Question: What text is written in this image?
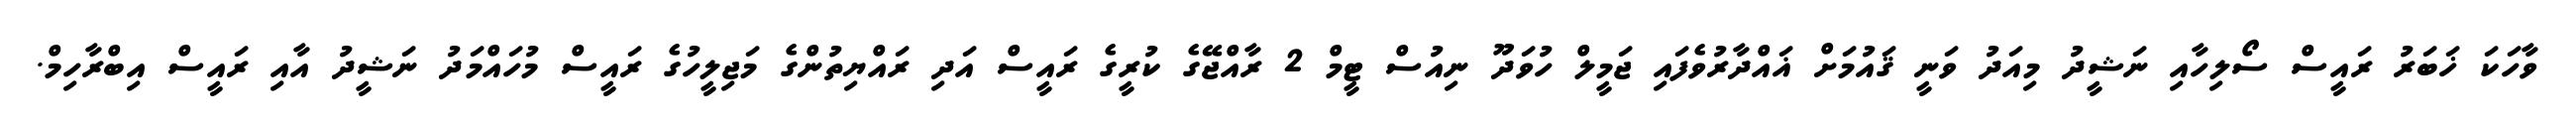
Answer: ވާހަކަ ޚަބަރު ރައީސް ސޯލިހާއި ނަޝީދު މިއަދު ވަނީ ޤައުމަށް ޣައްދާރުވެފައި ޖަމީލް ހުވަދޫ ނިއުސް ޓީމް 2 ރާއްޖޭގެ ކުރީގެ ރައީސް އަދި ރައްޔިތުންގެ މަޖިލީހުގެ ރައީސް މުހައްމަދު ނަޝީދު އާއި ރައީސް އިބްރާހިމް.